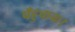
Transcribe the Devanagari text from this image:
पँहुचाया।